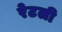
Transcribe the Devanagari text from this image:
रेटली